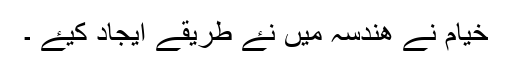
خیام نے ھندسہ میں نۓ طریقے ایجاد کیۓ ۔